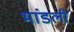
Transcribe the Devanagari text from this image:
भांडली